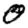
Digit: 0